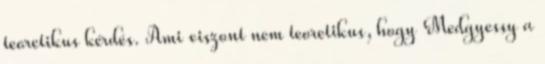
teoretikus kérdés. Ami viszont nem teoretikus, hogy Medgyessy a